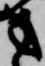
方